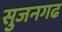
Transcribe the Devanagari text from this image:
सुजनगढ